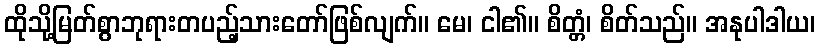
ထိုသို့မြတ်စွာဘုရားတပည့်သားတော်ဖြစ်လျက်။ မေ၊ ငါ၏။ စိတ္တံ၊ စိတ်သည်။ အနုပါဒါယ၊